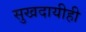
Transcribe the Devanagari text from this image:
सुखदायीही